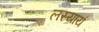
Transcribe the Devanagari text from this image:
लस्यायं